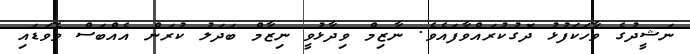
ނަޝީދުގެ ވާހަކަފުޅު ދޮގުކުރައްވާފައެވެ. ނާޒިމް ވިދާޅުވީ ނިޒާމް ބަދަލު ކުރަން އެއްބަސް ވެވަޑައި